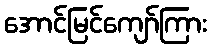
အောင်မြင်ကျော်ကြား